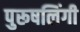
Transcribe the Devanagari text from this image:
पुरूषलिंगी